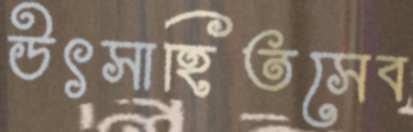
উৎসাহিতসেব